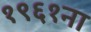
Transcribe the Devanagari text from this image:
१९६१ना